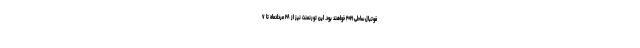
فوتبال ساحلی ۲۰۲۱ خواهند بود. این تورنمنت نیز از ۲۸ مردادماه تا ۷